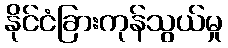
နိုင်ငံခြားကုန်သွယ်မှု